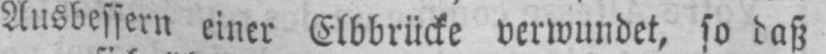
Ausbessern einer Elbbrücke verwundet, so daß